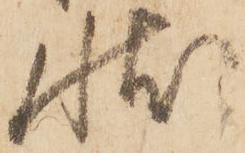
状